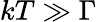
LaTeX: kT\gg\Gamma